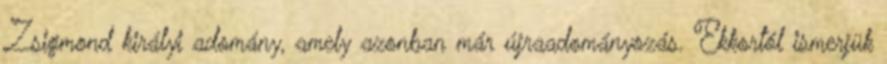
Zsigmond királyi adomány, amely azonban már újraadományozás. Ekkortól ismerjük